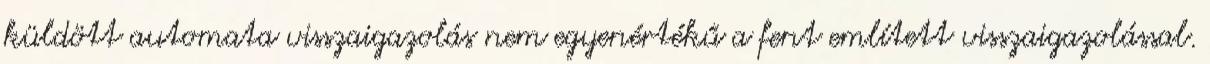
küldött automata visszaigazolás nem egyenértékű a fent említett visszaigazolással.